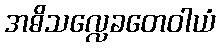
အဓိသလ္လေခတေဝါယံ